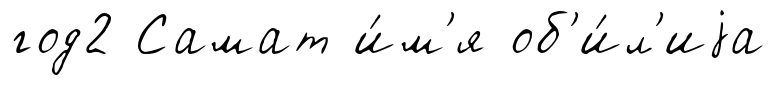
год2 Самат и́м'я об'и́л'иjа